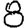
Digit: 8